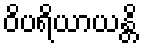
ဝိပရိယာယန္တိ